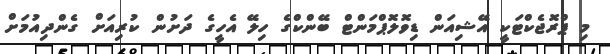
މި ޕްރޮޖެކްޓަކީ އޭޝިއަން ޑިވޮލޮޕްމަންޓް ބޭންކްގެ ހިލޭ އެހީގެ ދަށުން ކުރިއަށް ގެންދިއުމަށް